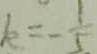
k = - \frac { 1 } { 5 }